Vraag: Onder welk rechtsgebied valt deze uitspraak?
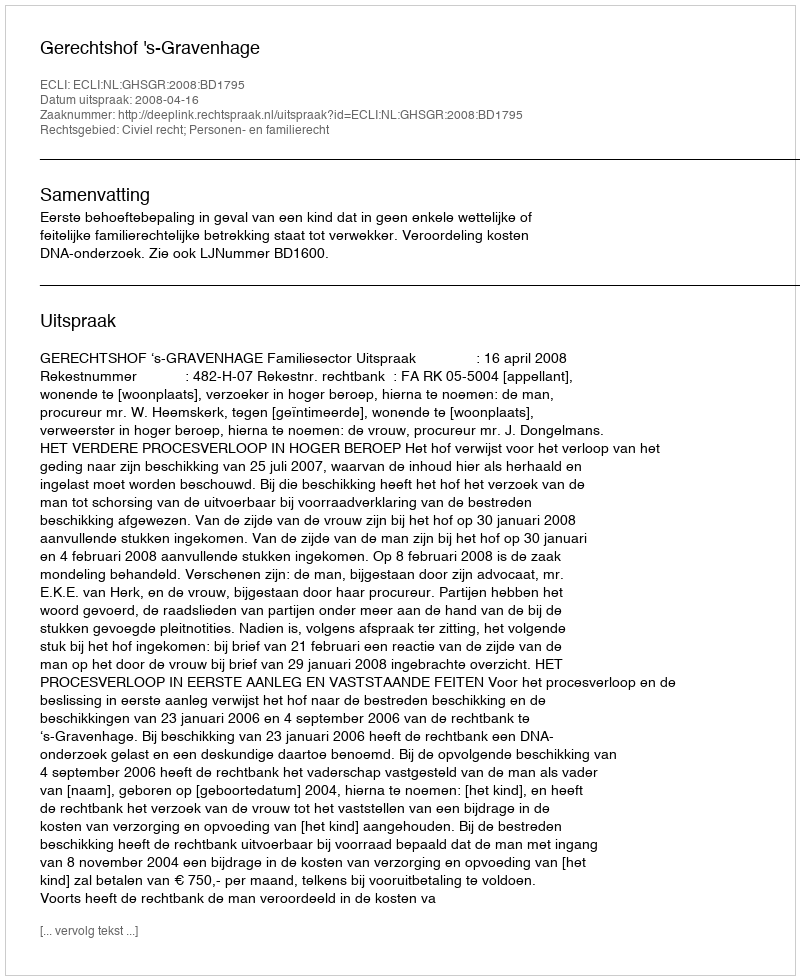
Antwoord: Civiel recht; Personen- en familierecht